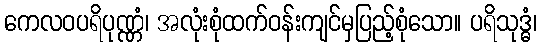
ကေလဝပရိပုဏ္ဏံ၊ အလုံးစုံထက်ဝန်းကျင်မှပြည့်စုံသော။ ပရိသုဒ္ဓံ၊